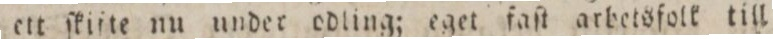
af ett ſkifte nu under odling; eget faſt arbetsfolk till